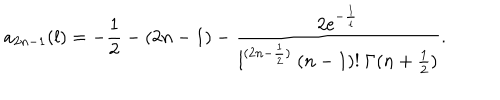
LaTeX: a _ { 2 n - 1 } ( l ) = - { \frac { 1 } { 2 } } - ( 2 n - 1 ) - { \frac { 2 \mathrm { e } ^ { - { \frac { 1 } { l } } } } { { l } { } ^ { ( 2 n - { \frac { 1 } { 2 } } ) } \ ( n - 1 ) ! \ \Gamma ( n + { \frac { 1 } { 2 } } ) } } .